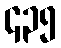
၄၃၅